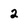
Character: 2